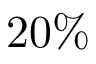
2 0 \%